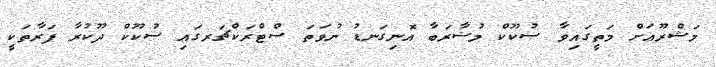
މަޝްރޫޢަށް މަތީގައިވާ ޞުކޫކް މުޟާރަބާ އޮނިގަނޑު ނުވަތަ ސްޓްރަކްޗަރގައި ޞުކޫކް ދޫކުރާ ފަރާތަކީ